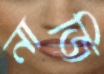
নাজি